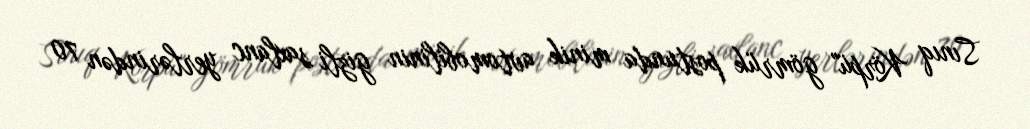
Sınıq Körpü" gömrük postunda minik avtomobilinin gizli saxlanc yerlərindən 70